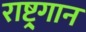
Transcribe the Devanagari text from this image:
राष्ट्र्गान